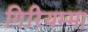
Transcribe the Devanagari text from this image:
गिरियम्मा